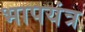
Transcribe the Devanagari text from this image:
भापयंत्र